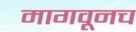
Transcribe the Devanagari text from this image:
मागवूनच